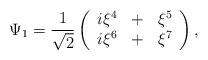
LaTeX: \begin{align*}\Psi_{1} = \frac{1}{\sqrt{2}}\left( \begin{array}{rcl}i\xi^{4}&+&\xi^{5} \\ i\xi^{6}&+& \xi^{7}\end{array} \right),\end{align*}